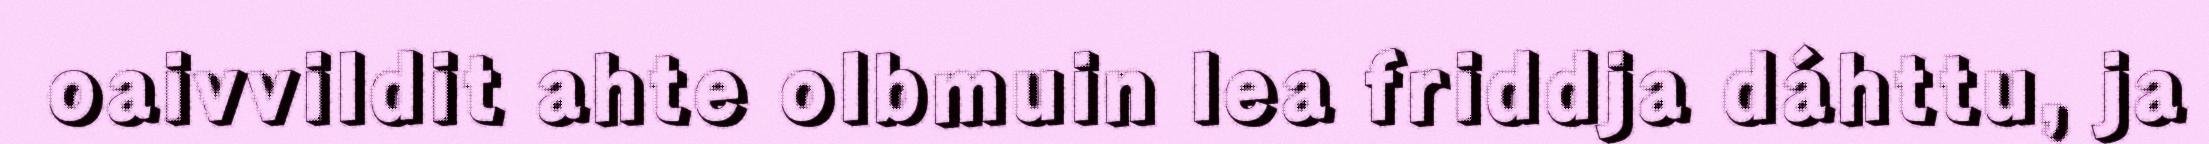
oaivvildit ahte olbmuin lea friddja dáhttu, ja